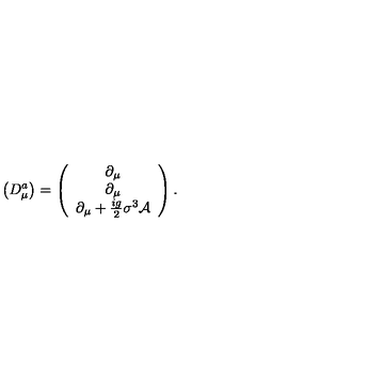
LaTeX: \left( D _ { \mu } ^ { a } \right) = \left( \begin{array} { c } { \partial _ { \mu } } \\ { \partial _ { \mu } } \\ { \partial _ { \mu } + \frac { i g } { 2 } \sigma ^ { 3 } \mathcal { A } } \\ \end{array} \right) .